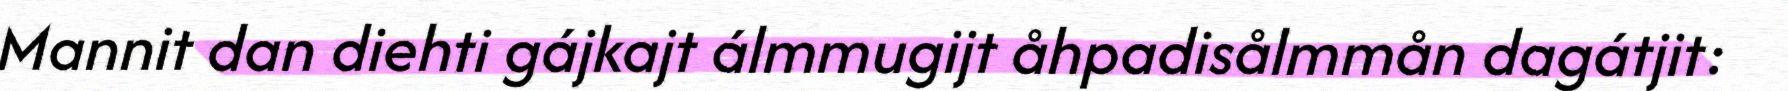
Mannit dan diehti gájkajt álmmugijt åhpadisålmmån dagátjit: